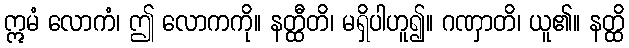
ဣမံ လောကံ၊ ဤ လောကကို။ နတ္ထီတိ၊ မရှိပါဟူ၍။ ဂဏှာတိ၊ ယူ၏။ နတ္ထိ